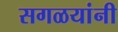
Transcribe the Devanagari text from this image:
सगळयांनी